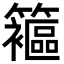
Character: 䉱